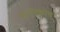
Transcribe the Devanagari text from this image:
बाशमकोव